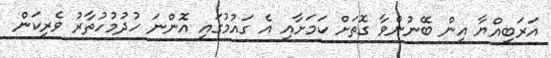
އަރަބިއްޔާ އިން ބޭނުންވާ ގޮތަށް ކަމަށާއި އެ ގައުމުގައި އޮންނަ ހުދުމުހުތާރު ވެރިކަން